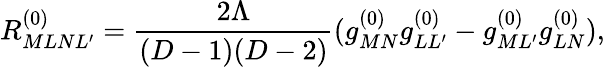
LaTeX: R_{MLNL^{\prime}}^{(0)}=\frac{2\Lambda}{(D-1)(D-2)}(g_{MN}^{(0)}g_{LL^{\prime}}^{(0)}-g_{ML^{\prime}}^{(0)}g_{LN}^{(0)}),